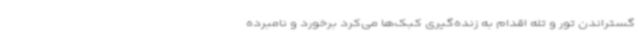
گستراندن تور و تله اقدام به زنده‌گیری کبک‌ها می‌کرد برخورد و نامبرده